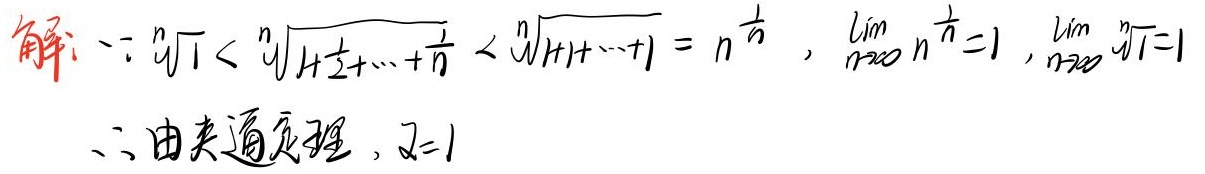
解：
\(\because\sqrt[n]{1}<\sqrt[n]{1 + \frac{1}{2}+\cdots+\frac{1}{n}}<\sqrt[n]{1 + 1+\cdots+1}=n^{\frac{1}{n}}\)，
\(\lim_{n \to \infty} n^{\frac{1}{n}} = 1\)，
\(\lim_{n \to \infty} \sqrt[n]{1}=1\)

\(\therefore\)由夹逼定理，\(I = 1\)